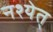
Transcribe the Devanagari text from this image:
नश्येत्